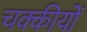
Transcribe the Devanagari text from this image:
चक्कीयों